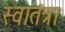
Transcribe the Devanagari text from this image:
स्वातंत्रा